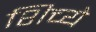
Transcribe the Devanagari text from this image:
शिच्ये